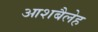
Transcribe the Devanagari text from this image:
आशबैलेह